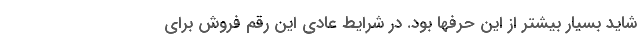
شاید بسیار بیشتر از این حرفها بود. در شرایط عادی این رقم فروش برای